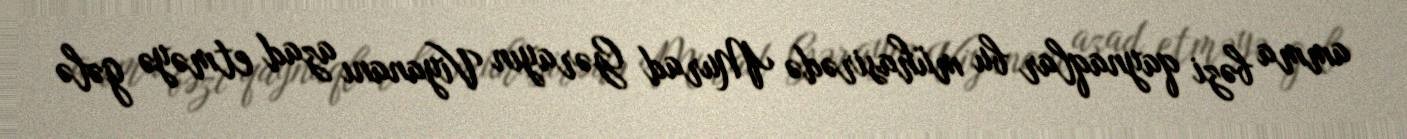
amma bəzi qaynaqlar bu mühasirədə Murad Gərayın Viyananı azad etməyə gələ